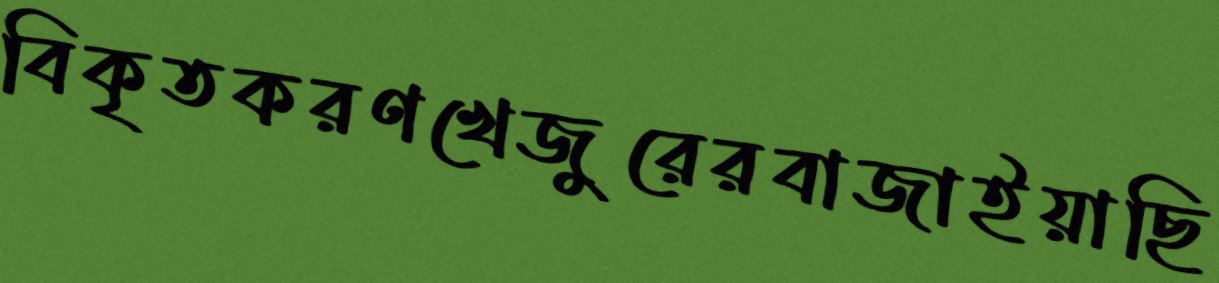
বিকৃতকরণখেজুরেরবাজাইয়াছি